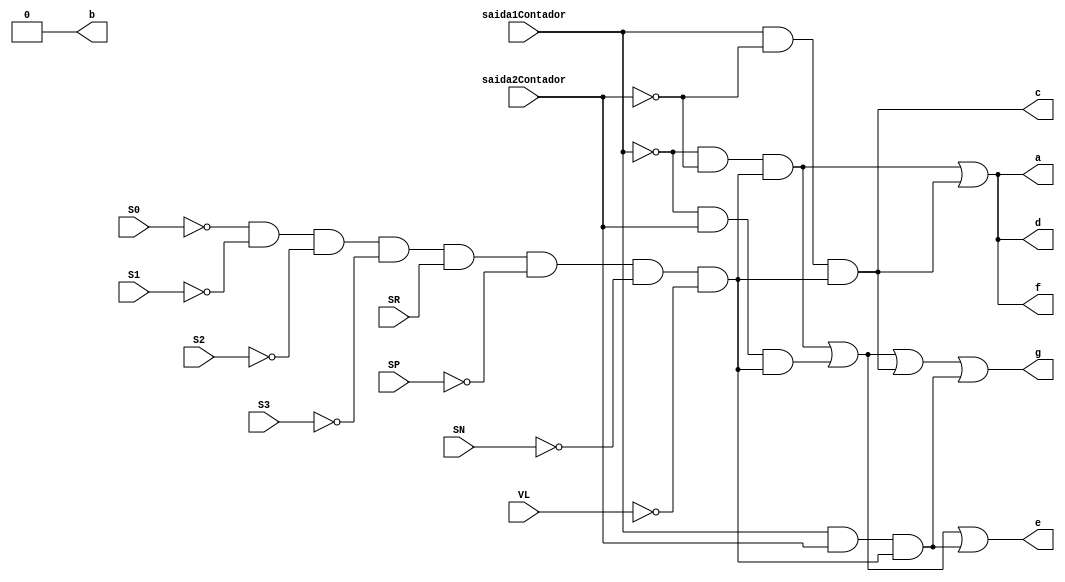
module InterfaceESR (saida1Contador, saida2Contador, a, b, c, d, e, f, g, S0, S1, S2, S3, SR, SP, SN, VL);
	//ERSR: erro do sensor SR
	input saida1Contador, saida2Contador, S0, S1, S2, S3, SR, SP, SN, VL;
	output a, b, c, d, e, f, g;

	wire saida1a, saida2a, saida3a, saida4a,
	saida1b, saida2b, saida3b, saida4b,
	saida1c, saida2c, saida3c, saida4c,
	saida1d, saida2d, saida3d, saida4d,
	saida1e, saida2e, saida3e, saida4e,
	saida1f, saida2f, saida3f, saida4f,
	saida1g, saida2g, saida3g, saida4g,
	saida1h, saida2h, saida3h, saida4h;
	
	wire enable;
	and (enable, ~S0, ~S1, ~S2, ~S3, SR, ~SP, ~SN, ~VL);
	
	//a
	//como o segmento a  ativado 3 vezes nas letras CE0, ele fica nessa configurao no multiplexador
	and(saida1a, ~saida1Contador, ~saida2Contador, 1, enable);
	and(saida2a, ~saida1Contador, saida2Contador, 0);
	and(saida3a, saida1Contador, ~saida2Contador, 1, enable);
	and(saida4a, saida1Contador, saida2Contador, 0);
	or(a, saida1a, saida2a, saida3a, saida4a);
	
	//b
	and(saida1b, ~saida1Contador, ~saida2Contador, 0);
	and(saida2b, ~saida1Contador, saida2Contador, 0);
	and(saida3b, saida1Contador, ~saida2Contador, 0);
	and(saida4b, saida1Contador, saida2Contador, 0);
	or(b, saida1b, saida2b, saida3b, saida4b);
	
	//c
	and(saida1c, ~saida1Contador, ~saida2Contador, 0);
	and(saida2c, ~saida1Contador, saida2Contador, 0);
	and(saida3c, saida1Contador, ~saida2Contador, 1, enable);
	and(saida4c, saida1Contador, saida2Contador, 0);
	or(c, saida1c, saida2c, saida3c, saida4c);
	
	//d
	and(saida1d, ~saida1Contador, ~saida2Contador, 1, enable);
	and(saida2d, ~saida1Contador, saida2Contador, 0);
	and(saida3d, saida1Contador, ~saida2Contador, 1, enable);
	and(saida4d, saida1Contador, saida2Contador, 0);
	or(d, saida1d, saida2d, saida3d, saida4d);
	
	//e
	and(saida1e, ~saida1Contador, ~saida2Contador, 1, enable);
	and(saida2e, ~saida1Contador, saida2Contador, 1, enable);
	and(saida3e, saida1Contador, ~saida2Contador, 0);
	and(saida4e, saida1Contador, saida2Contador, 1, enable);
	or(e, saida1e, saida2e, saida3e, saida4e);
	
	//f
	and(saida1f, ~saida1Contador, ~saida2Contador, 1, enable);
	and(saida2f, ~saida1Contador, saida2Contador, 0);
	and(saida3f, saida1Contador, ~saida2Contador, 1, enable);
	and(saida4f, saida1Contador, saida2Contador, 0);
	or(f, saida1f, saida2f, saida3f, saida4f);
	
	//g
	and(saida1g, ~saida1Contador, ~saida2Contador, 1, enable);
	and(saida2g, ~saida1Contador, saida2Contador, 1, enable);
	and(saida3g, saida1Contador, ~saida2Contador, 1, enable);
	and(saida4g, saida1Contador, saida2Contador, 1, enable);
	or(g, saida1g, saida2g, saida3g, saida4g);


endmodule